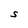
Character: S